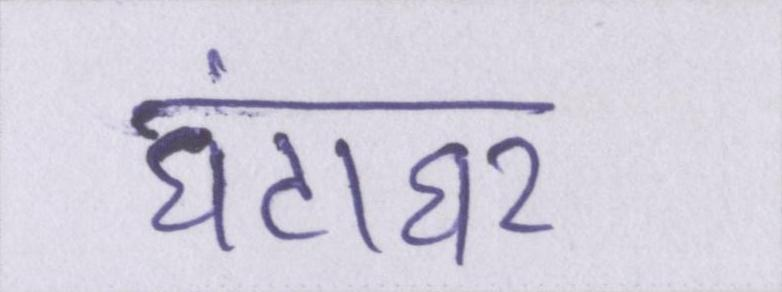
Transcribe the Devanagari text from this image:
घंटाघर